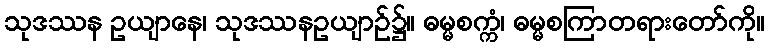
သုဒဿန ဥယျာနေ၊ သုဒဿနဥယျာဉ်၌။ ဓမ္မစက္ကံ၊ ဓမ္မစကြာတရားတော်ကို။